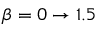
\beta = 0 \to 1 . 5